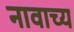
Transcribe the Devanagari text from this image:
नावाच्य